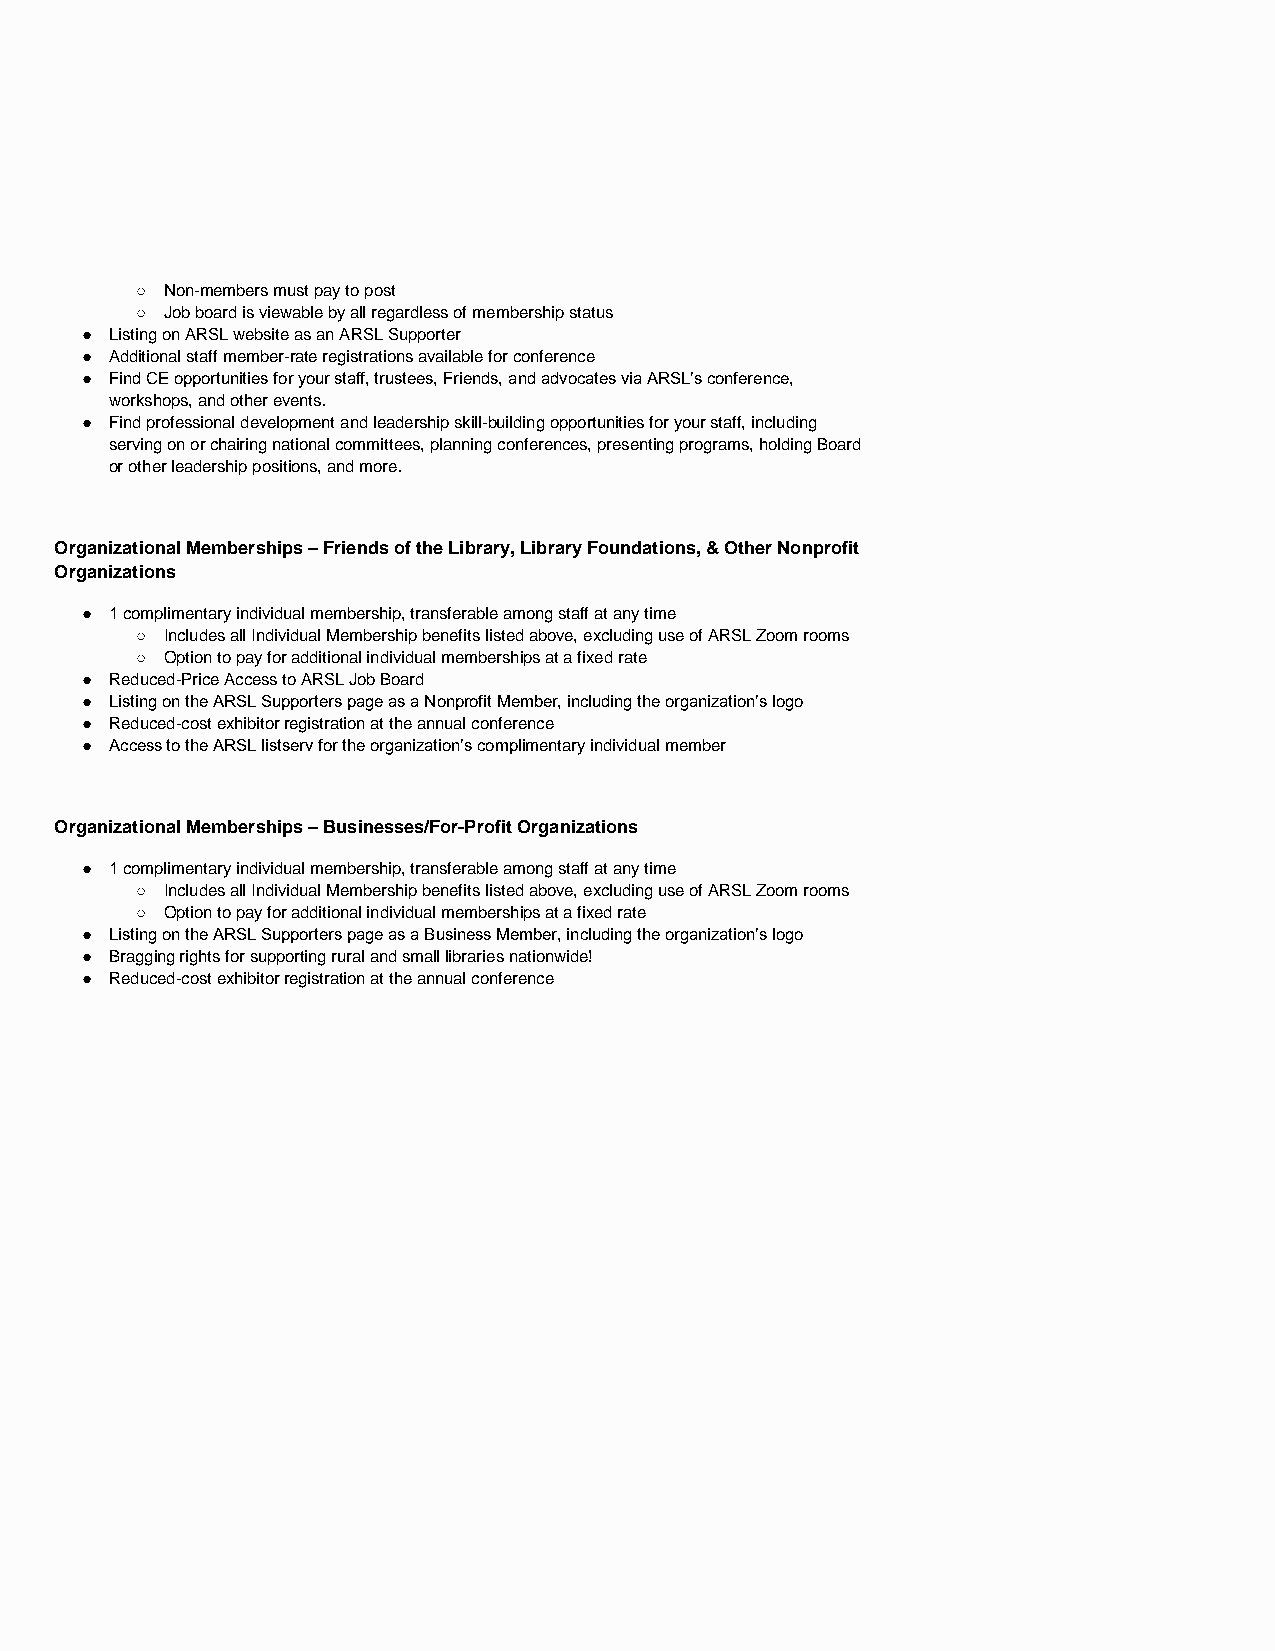
○ Non-members must pay to post
 ○ Job board is viewable by all regardless of membership status
 ● Listing on ARSL website as an ARSL Supporter
 ● Additional staff member-rate registrations available for conference
 ● Find CE opportunities for your staff, trustees, Friends, and advocates via ARSL’s conference,
 workshops, and other events.
 ● Find professional development and leadership skill-building opportunities for your staff, including
 serving on or chairing national committees, planning conferences, presenting programs, holding Board
 or other leadership positions, and more.
 Organizational Memberships – Friends of the Library, Library Foundations, & Other Nonprofit
 Organizations
 ● 1 complimentary individual membership, transferable among staff at any time
 ○ Includes all Individual Membership benefits listed above, excluding use of ARSL Zoom rooms
 ○ Option to pay for additional individual memberships at a fixed rate
 ● Reduced-Price Access to ARSL Job Board
 ● Listing on the ARSL Supporters page as a Nonprofit Member, including the organization’s logo
 ● Reduced-cost exhibitor registration at the annual conference
 ● Access to the ARSL listserv for the organization’s complimentary individual member
 Organizational Memberships – Businesses/For-Profit Organizations
 ● 1 complimentary individual membership, transferable among staff at any time
 ○ Includes all Individual Membership benefits listed above, excluding use of ARSL Zoom rooms
 ○ Option to pay for additional individual memberships at a fixed rate
 ● Listing on the ARSL Supporters page as a Business Member, including the organization’s logo
 ● Bragging rights for supporting rural and small libraries nationwide!
 ● Reduced-cost exhibitor registration at the annual conference